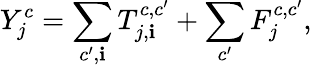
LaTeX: Y_{j}^{c}=\sum_{c^{\prime},\mathbf{i}}T_{j,\mathbf{i}}^{c,c^{\prime}}+\sum_{c^{\prime}}F_{j}^{c,c^{\prime}},